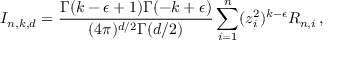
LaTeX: I _ { n , k , d } = \frac { \Gamma ( k - \epsilon + 1 ) \Gamma ( - k + \epsilon ) } { ( 4 \pi ) ^ { d / 2 } \Gamma ( d / 2 ) } \sum _ { i = 1 } ^ { n } ( z _ { i } ^ { 2 } ) ^ { k - \epsilon } R _ { n , i } \, ,